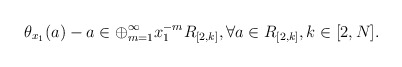
\begin{align*}\theta_{x_1}(a) - a \in \oplus_{m=1}^\infty x_1^{-m} R_{[2,k]}, \forall a \in R_{[2,k]}, k \in [2,N]. \end{align*}